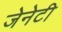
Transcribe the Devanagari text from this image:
जेनेटी